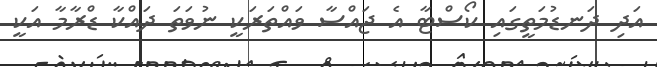
އަދި ދަނޑުމަތީގައި ކޯސްޓާ އެ ޖައްސާ ވައްތަރަކީ ނުވަތަ ދައްކާ ޑްރާމާ އަކީ